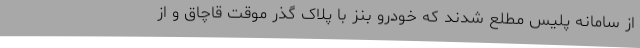
از سامانه پلیس مطلع شدند که خودرو بنز با پلاک گذر موقت قاچاق و از